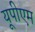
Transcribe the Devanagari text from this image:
यूपीएम